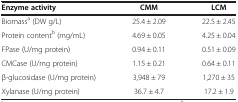
| Enzyme activity | CMM | LCM |
 | --- | --- | --- |
 | Biomassa (DW g/L) | 25.4 ± 2.09 | 22.5 ± 2.45 |
 | Protein contentb (mg/mL) | 4.69 ± 0.05 | 4.25 ± 0.04 |
 | FPase (U/mg protein) | 0.94 ± 0.11 | 0.51 ± 0.09 |
 | CMCase (U/mg protein) | 1.15 ± 0.21 | 0.64 ± 0.11 |
 | β-glucosidase (U/mg protein) | 3,948 ± 79 | 1,270 ± 35 |
 | Xylanase (U/mg protein) | 36.7 ± 4.7 | 17.2 ± 1.9 |